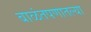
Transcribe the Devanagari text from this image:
बाळंतपणातल्या